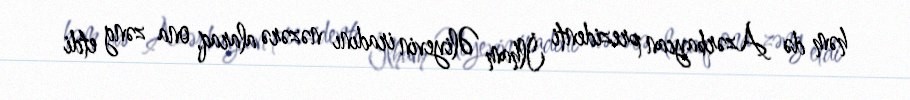
həm də Azərbaycan prezidenti İlham Əliyevin iradını nəzərə alaraq, ona zəng etdi